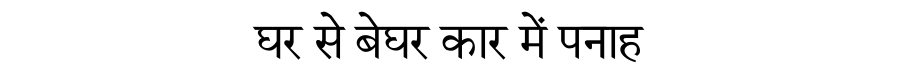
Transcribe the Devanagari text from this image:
घर से बेघर कार में पनाह